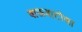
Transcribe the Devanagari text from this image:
वाऊवाटोसा